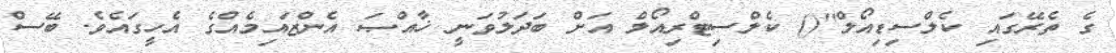
ގެ ތެރޭގައި ކެލްސިޑިއޯލް''() ކެލްސިޓްރިއޯލް އަށް ބަދަލުވަނީ ޚާއްޞަ އެންޒައިމެއްގެ އެހީގައެވެ. ބޭސް